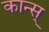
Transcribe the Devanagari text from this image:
कान्स्